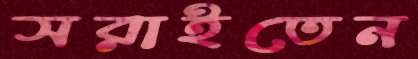
সরাইতেন